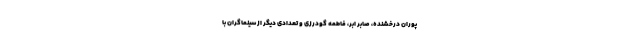
پوران درخشنده، صابر ابر، فاطمه گودرزی و تعدادی دیگر از سینماگران با